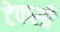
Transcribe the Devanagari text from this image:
टेकसी